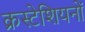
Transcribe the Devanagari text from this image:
क्रस्टेशियनों